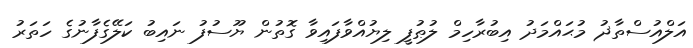
އަލްއުސްތާޛު މުޙައްމަދު އިބުރާހިމް ލުޠުފީ ލިޔުއްވާފައިވާ ގޮތުން ޔޫސުފު ނައިބު ކަލޭގެފާނުގެ ހަތަރު